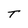
Character: T